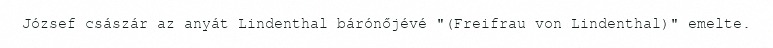
József császár az anyát Lindenthal bárónőjévé "(Freifrau von Lindenthal)" emelte.